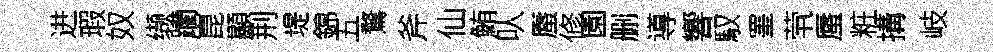
进瑕奴缬躪崑顯荆堤錦五鶩斧仙鮪㕥蜃修園删導響馭罣茕蜃粧搆岐